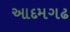
આદમગઢ